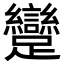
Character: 𮜭